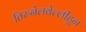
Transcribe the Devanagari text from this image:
तिरुनेलवेल्लीहून